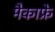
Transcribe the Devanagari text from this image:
मैकाफ्रे